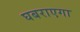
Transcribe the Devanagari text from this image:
घबराएगा